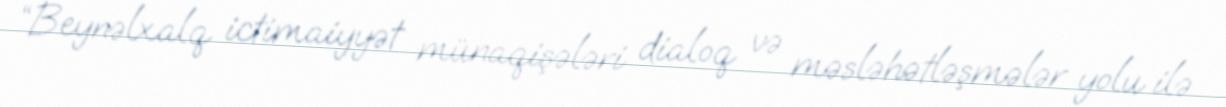
“Beynəlxalq ictimaiyyət münaqişələri dialoq və məsləhətləşmələr yolu ilə